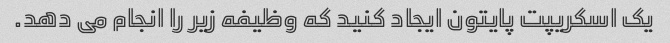
یک اسکریپت پایتون ایجاد کنید که وظیفه زیر را انجام می دهد.